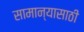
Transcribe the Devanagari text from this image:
सामान्यासाठी